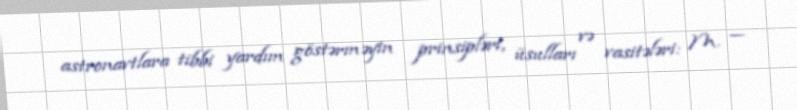
astronavtlara tibbi yardım göstərməyin prinsipləri, üsulları və vasitələri: M. —